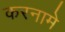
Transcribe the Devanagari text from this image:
करनामे